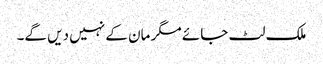
ملک لٹ جائے مگر مان کے نہیں دیں گے۔